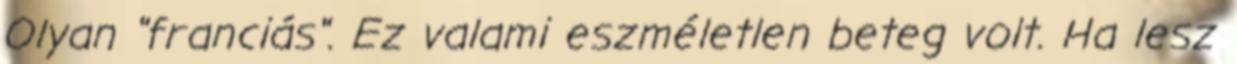
Olyan "franciás". Ez valami eszméletlen beteg volt. Ha lesz